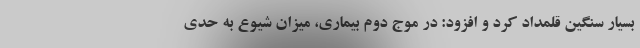
بسیار سنگین قلمداد کرد و افزود: در موج دوم بیماری، میزان شیوع به حدی